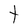
Character: t